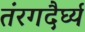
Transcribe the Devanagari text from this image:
तंरगदैर्घ्य